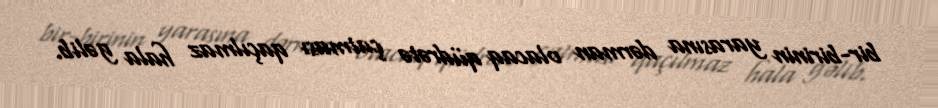
bir-birinin yarasına dərman olacaq qüdrətə çatması qaçılmaz hala gəlib.